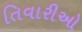
તિવારીઓ